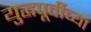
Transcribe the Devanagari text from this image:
युद्धपूर्वीच्या